Problem: 27 + 2 = ?
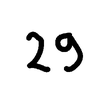
Handwritten answer: 29